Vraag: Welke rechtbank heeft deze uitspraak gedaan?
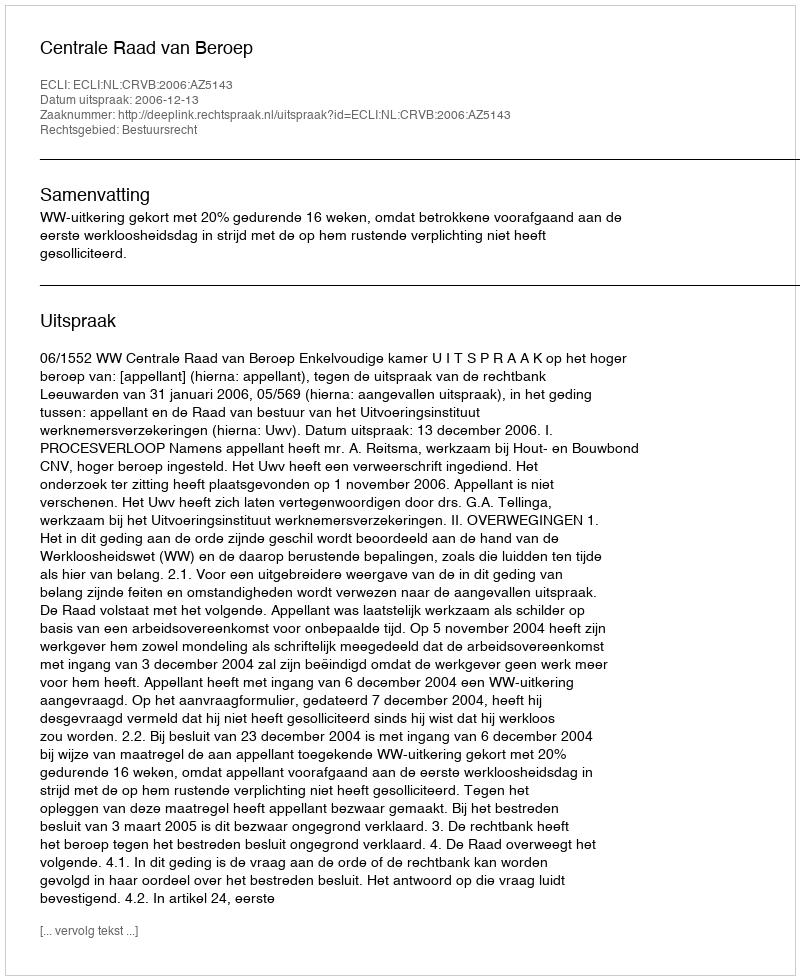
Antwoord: Centrale Raad van Beroep